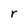
Character: r